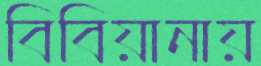
বিবিয়ানায়